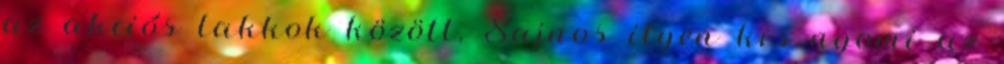
az akciós lakkok között. Sajnos ilyen kis nyomi az